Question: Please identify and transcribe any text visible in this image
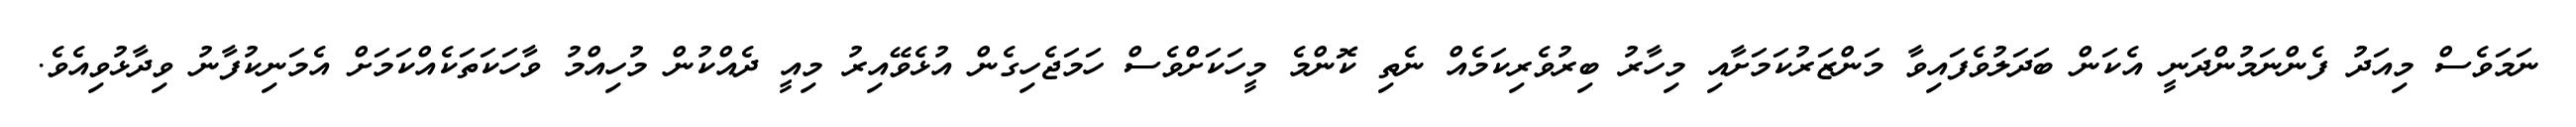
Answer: ނަމަވެސް މިއަދު ފެންނަމުންދަނީ އެކަން ބަދަލުވެފައިވާ މަންޒަރުކަމަށާއި މިހާރު ބިރުވެރިކަމެއް ނެތި ކޮންމެ މީހަކަށްވެސް ހަމަޖެހިގެން އުޅެވޭއިރު މިއީ ދެއްކުން މުހިއްމު ވާހަކަތަކެއްކަމަށް އެމަނިކުފާނު ވިދާޅުވިއެވެ.